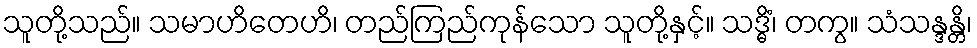
သူတို့သည်။ သမာဟိတေဟိ၊ တည်ကြည်ကုန်သော သူတို့နှင့်။ သဒ္ဓိံ၊ တကွ။ သံသန္ဒန္တိ၊